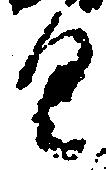
具